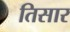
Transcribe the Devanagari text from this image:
तिसार